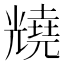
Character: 𫤦